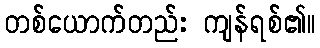
တစ်ယောက်တည်း ကျန်ရစ်၏။